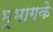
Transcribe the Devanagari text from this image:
भूभागके